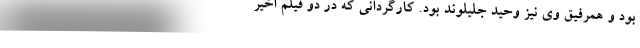
بود و همرفیق وی نیز وحید جلیلوند بود. کارگردانی که در دو فیلم اخیر